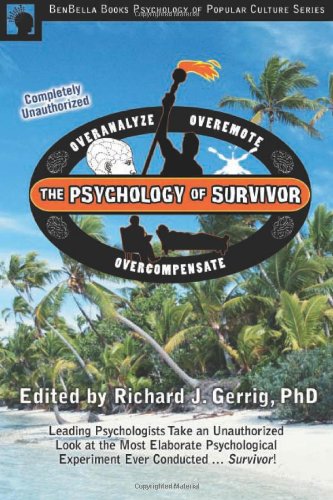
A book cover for The Psychology of Survivor: Leading Psychologists Take an Unauthorized Look at the Most Elaborate Psychological Experiment Ever Conducted . . . Survivor! (Psychology of Popular Culture); Humor & Entertainment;